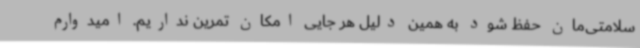
سلامتی‌مان حفظ شود به همین دلیل هر جایی امکان تمرین نداریم. امیدوارم